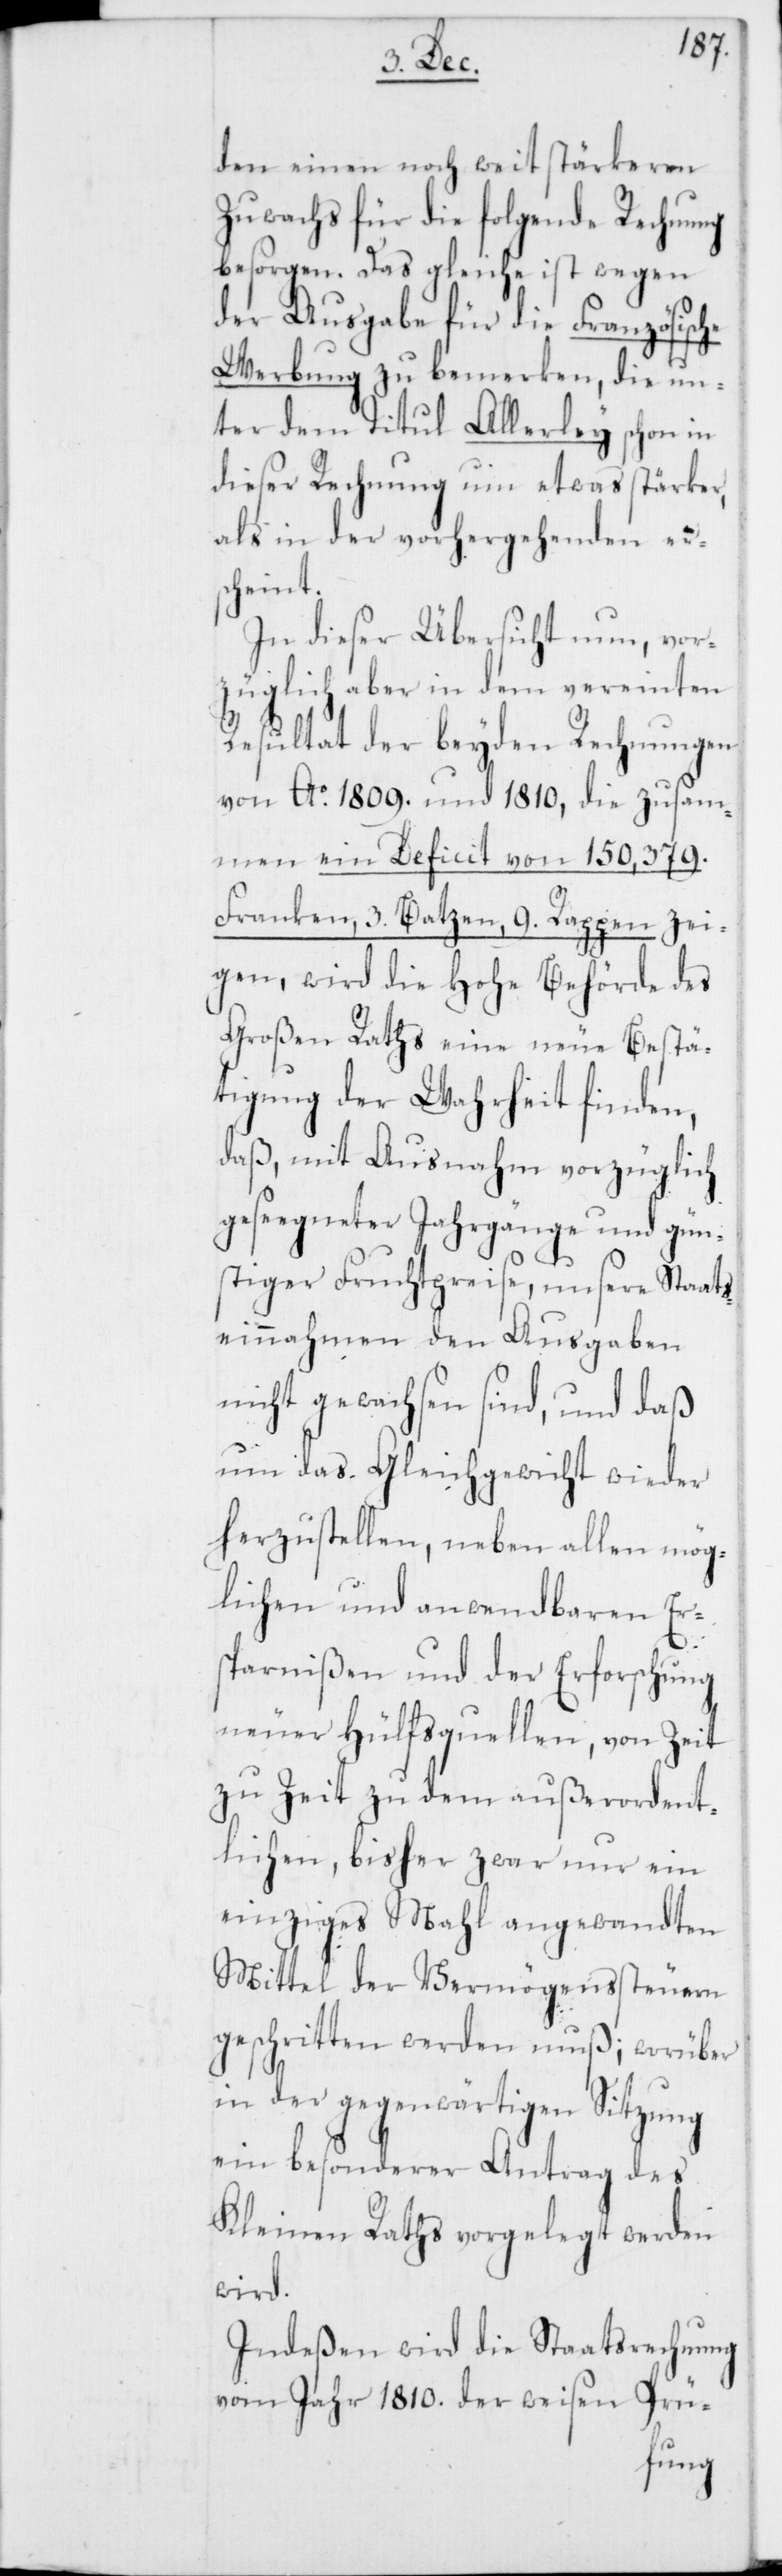
den einen noch weit stärkeren
Zuwachs für die folgende Rechnung
besorgen. Das gleiche ist wegen
der Ausgabe für die Französisc¬
Werbung zu bemerken, die un¬
ter dem Titul Allerley schon in
dieser Rechnung um etwas stärker,
als in der vorhergehenden er¬
scheint.
In dieser Übersicht nun, vor¬
züglich aber in dem vereinten
Resultat der beyden Rechnungen
von Ao. 1809. und 1810, die zusam¬
men ein Deficit von 150,379.
Franken, 3. Batzen, 9. Rappen zei¬
gen, wird die Hohe Behörde des
Großen Raths eine neue Besthä¬
tigung der Wahrheit finden,
daß mit Ausnahm vorzüglich
geseegneter Jahrgänge und gün¬
stiger Fruchtpreise, unsere Staats¬
einnahmen den Ausgaben
um das Gleichgewicht wieder
herzustellen, neben allen mög¬
lichen und anwendbaren Er¬
sparnißen und der Erforschung
neuer Hülfsquellen, von Zeit
zu Zeit zu dem außerordent¬
lichen, bisher zwar nur ein
einziges Mahl angewandten
Mittel der Vermögenssteuern
geschritten werden muß; worüber
in der gegenwärtigen Sitzung
ein besonderer Antrag des
Kleinen Raths vorgelegt werden
wird.
Indeßen wird die Staatsrechnung
vom Jahr 1810. der weisen Prü-